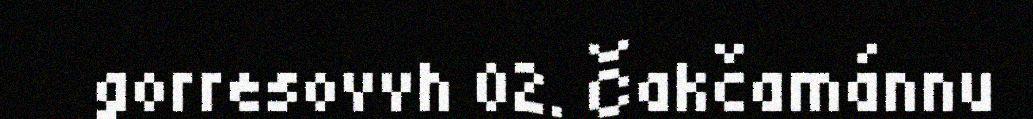
gorresovvh 02. Čakčamánnu